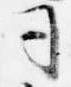
司